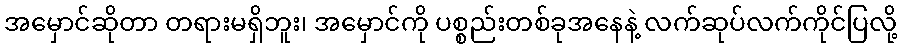
အမှောင်ဆိုတာ တရားမရှိဘူး၊ အမှောင်ကို ပစ္စည်းတစ်ခုအနေနဲ့ လက်ဆုပ်လက်ကိုင်ပြလို့